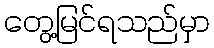
တွေ့မြင်ရသည်မှာ